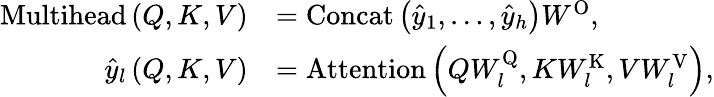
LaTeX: \begin{array}{rl}{\mathrm{Multihead}\left(Q,K,V\right)}&{=\mathrm{Concat}\left(\hat{y}_{1},\dots,\hat{y}_{h}\right)W^{\mathrm{O}},}\\ {\hat{y}_{l}\left(Q,K,V\right)}&{=\mathrm{Attention}\left(QW_{l}^{\mathrm{Q}},KW_{l}^{\mathrm{K}},VW_{l}^{\mathrm{V}}\right),}\end{array}